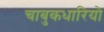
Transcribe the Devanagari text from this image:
चाबुकधारियो